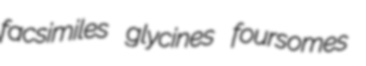
facsimiles glycines foursomes